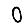
Digit: 0